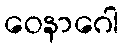
ဝေနာဂေါ